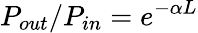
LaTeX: P_{out}/P_{in}=e^{-\alpha L}